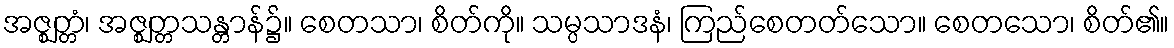
အဇ္ဈတ္တံ၊ အဇ္ဈတ္တသန္တာန်၌။ စေတသာ၊ စိတ်ကို။ သမ္ပသာဒနံ၊ ကြည်စေတတ်သော။ စေတသော၊ စိတ်၏။